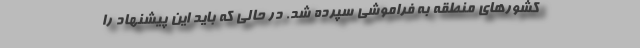
کشورهای منطقه به فراموشی سپرده شد. در حالی که باید این پیشنهاد را